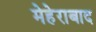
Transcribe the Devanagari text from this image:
मेहेराबाद